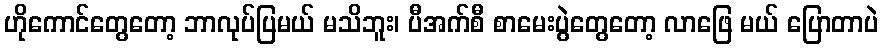
ဟိုကောင်တွေတော့ ဘာလုပ်ပြမယ် မသိဘူး၊ ပီအက်စီ စာမေးပွဲတွေတော့ လာဖြေ မယ် ပြောတာပဲ